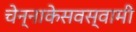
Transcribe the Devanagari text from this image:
चेन्‍नाकेसवस्‍वामी